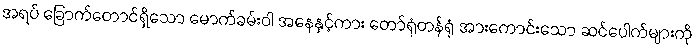
အရပ် ခြောက်တောင်ရှိသော မောက်ခမ်းဝါ အနေနှင့်ကား တော်ရုံတန်ရုံ အားကောင်းသော ဆင်ပေါက်များကို